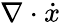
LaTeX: \nabla\cdot\dot{x}